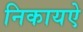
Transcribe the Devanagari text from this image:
निकायऐ